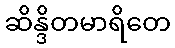
ဆိန္ဒိတမာရိတေ